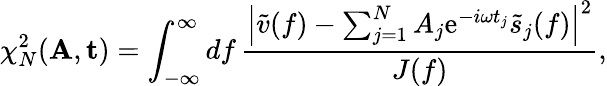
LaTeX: \chi_{N}^{2}(\mathbf{A},\mathbf{t})=\int_{-\infty}^{\infty}\mathop{df}\frac{\left|\tilde{v}(f)-\sum_{j=1}^{N}A_{j}\mathrm{e}^{-i\omega t_{j}}\tilde{s}_{j}(f)\right|^{2}}{J(f)},